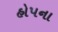
હોપના